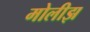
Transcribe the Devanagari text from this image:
मोलीझ